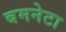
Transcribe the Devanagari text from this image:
बमनेटा